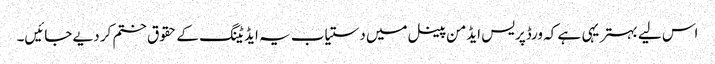
اس لیے بہتر یہی ہے کہ ورڈپریس ایڈمن پینل میں دستیاب یہ ایڈیٹنگ کے حقوق ختم کر دیے جائیں۔